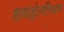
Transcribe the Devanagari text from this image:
हायड्रोननिअम